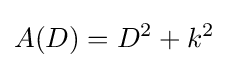
A(D)=D^{2}+k^{2}